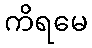
ကိရမေ